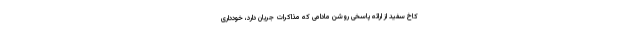
کاخ سفید از ارائه پاسخی روشن مادامی که مذاکرات جریان دارد، خودداری